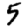
Digit: 5